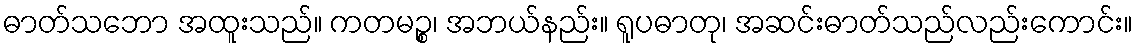
ဓာတ်သဘော အထူးသည်။ ကတမဉ္စ၊ အဘယ်နည်း။ ရူပဓာတု၊ အဆင်းဓာတ်သည်လည်းကောင်း။